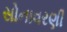
સોનાવરણી